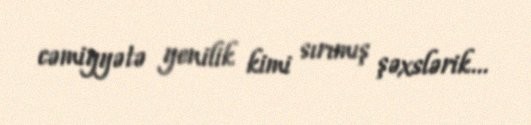
cəmiyyətə yenilik kimi sırımış şəxslərik...